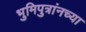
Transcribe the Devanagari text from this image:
भुमिपुत्रांनच्या